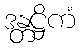
ဒန္တဋ္ဌိကံ